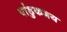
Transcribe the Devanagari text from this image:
पांडुकभय